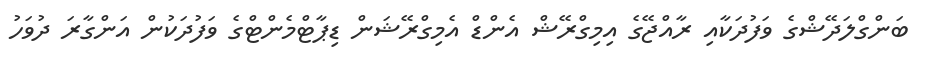
ބަންގްލަދޭޝްގެ ވަފުދަކާއި ރާއްޖޭގެ އިމިގްރޭޝް އެންޑް އެމިގްރޭޝަން ޑިޕާޓްމެންޓްގެ ވަފުދަކުން އަންގާރަ ދުވަހު